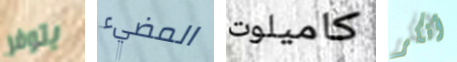
يتوفر المضيء كاميلوت أنكر